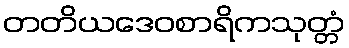
တတိယဒေဝစာရိကသုတ္တံ